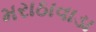
મરાઠાવાડા